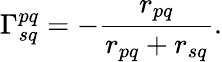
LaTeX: \Gamma_{sq}^{pq}=-\frac{r_{pq}}{r_{pq}+r_{sq}}.